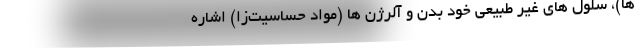
ها)، سلول های غیر طبیعی خود بدن و آلرژن ها (مواد حساسیت‌زا) اشاره